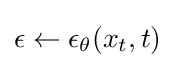
\epsilon \leftarrow \epsilon _{\theta }(x_{t},t)